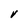
Character: V